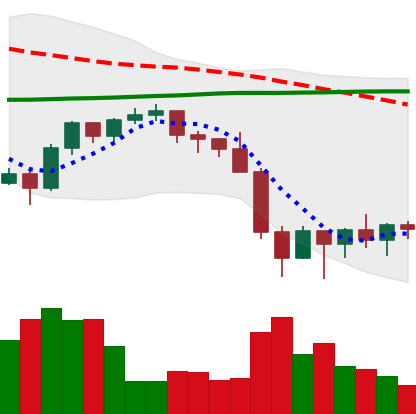
Ticker: BNB-USD
Chart end date: 2022-01-28
Forward return: -4.821%
Label: down_3_5